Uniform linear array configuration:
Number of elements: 8
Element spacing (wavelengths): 0.5
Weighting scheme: uniform
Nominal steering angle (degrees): -60
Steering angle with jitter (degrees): -58.911
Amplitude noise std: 0.05
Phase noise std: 0.05

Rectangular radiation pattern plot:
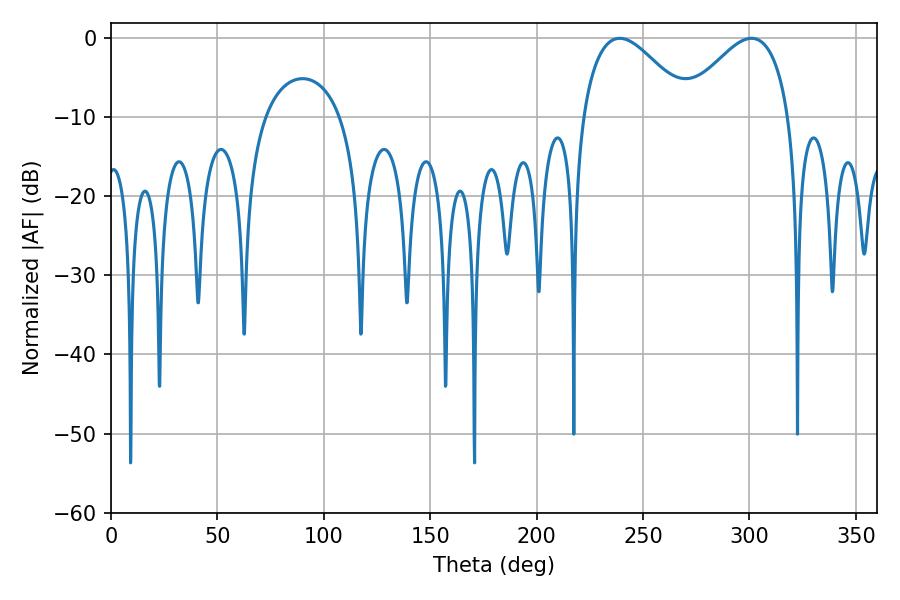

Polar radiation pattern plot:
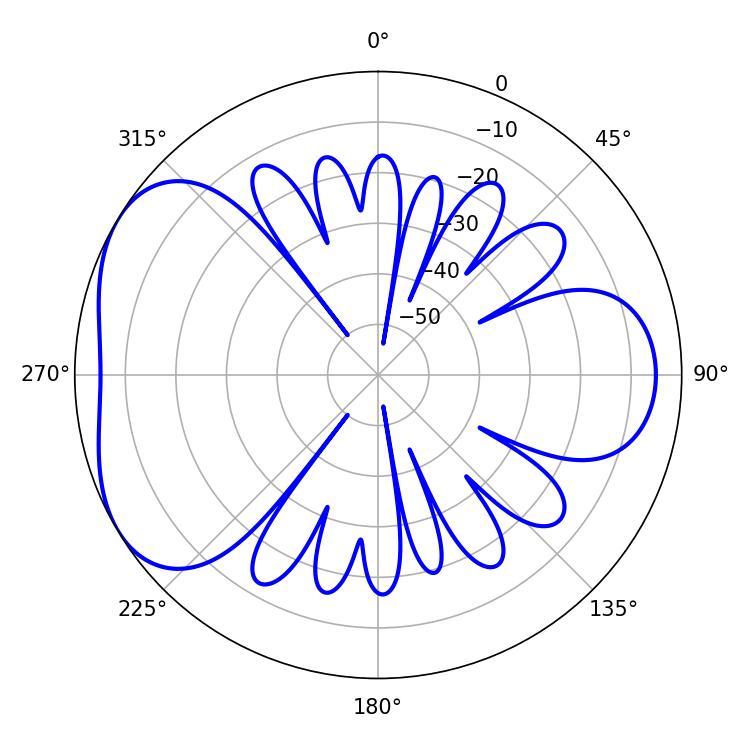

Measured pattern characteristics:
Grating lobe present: FALSE
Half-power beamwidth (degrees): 27.54
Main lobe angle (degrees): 300.96